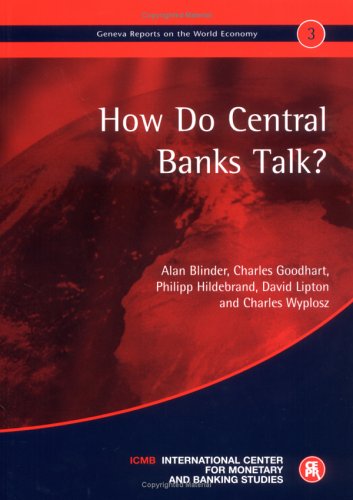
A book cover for How do Central Banks Talk?: Geneva Reports on the World Economy 3; Alan S. Blinder; Business & Money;